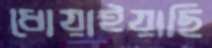
ধোয়াইয়াছি